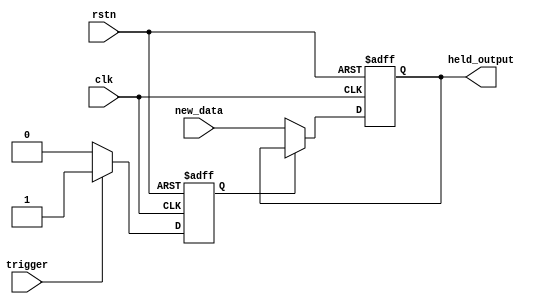
module hold_condition (
    input wire clk,               // Clock signal
    input wire rstn,             // Active-low reset
    input wire trigger,          // Trigger signal for hold condition
    input wire new_data,         // New data input
    output reg held_output       // Output that holds its value
);

    // State variable to indicate hold state
    reg hold_state;

    // Initial state and output
    initial begin
        held_output = 0;
        hold_state = 0;
    end

    always @(posedge clk or negedge rstn) begin
        if (!rstn) begin
            // Reset state
            held_output <= 0;
            hold_state <= 0;
        end else begin
            if (trigger) begin
                // If the trigger is active, enter hold state
                hold_state <= 1;
            end else begin
                // If the trigger is not active, exit hold state
                hold_state <= 0;
            end

            // Output behavior based on hold state
            if (hold_state) begin
                // Hold the output value
                held_output <= held_output; // Maintain last valid output
            end else begin
                // Update output with new data when not in hold state
                held_output <= new_data;
            end
        end
    end

endmodule